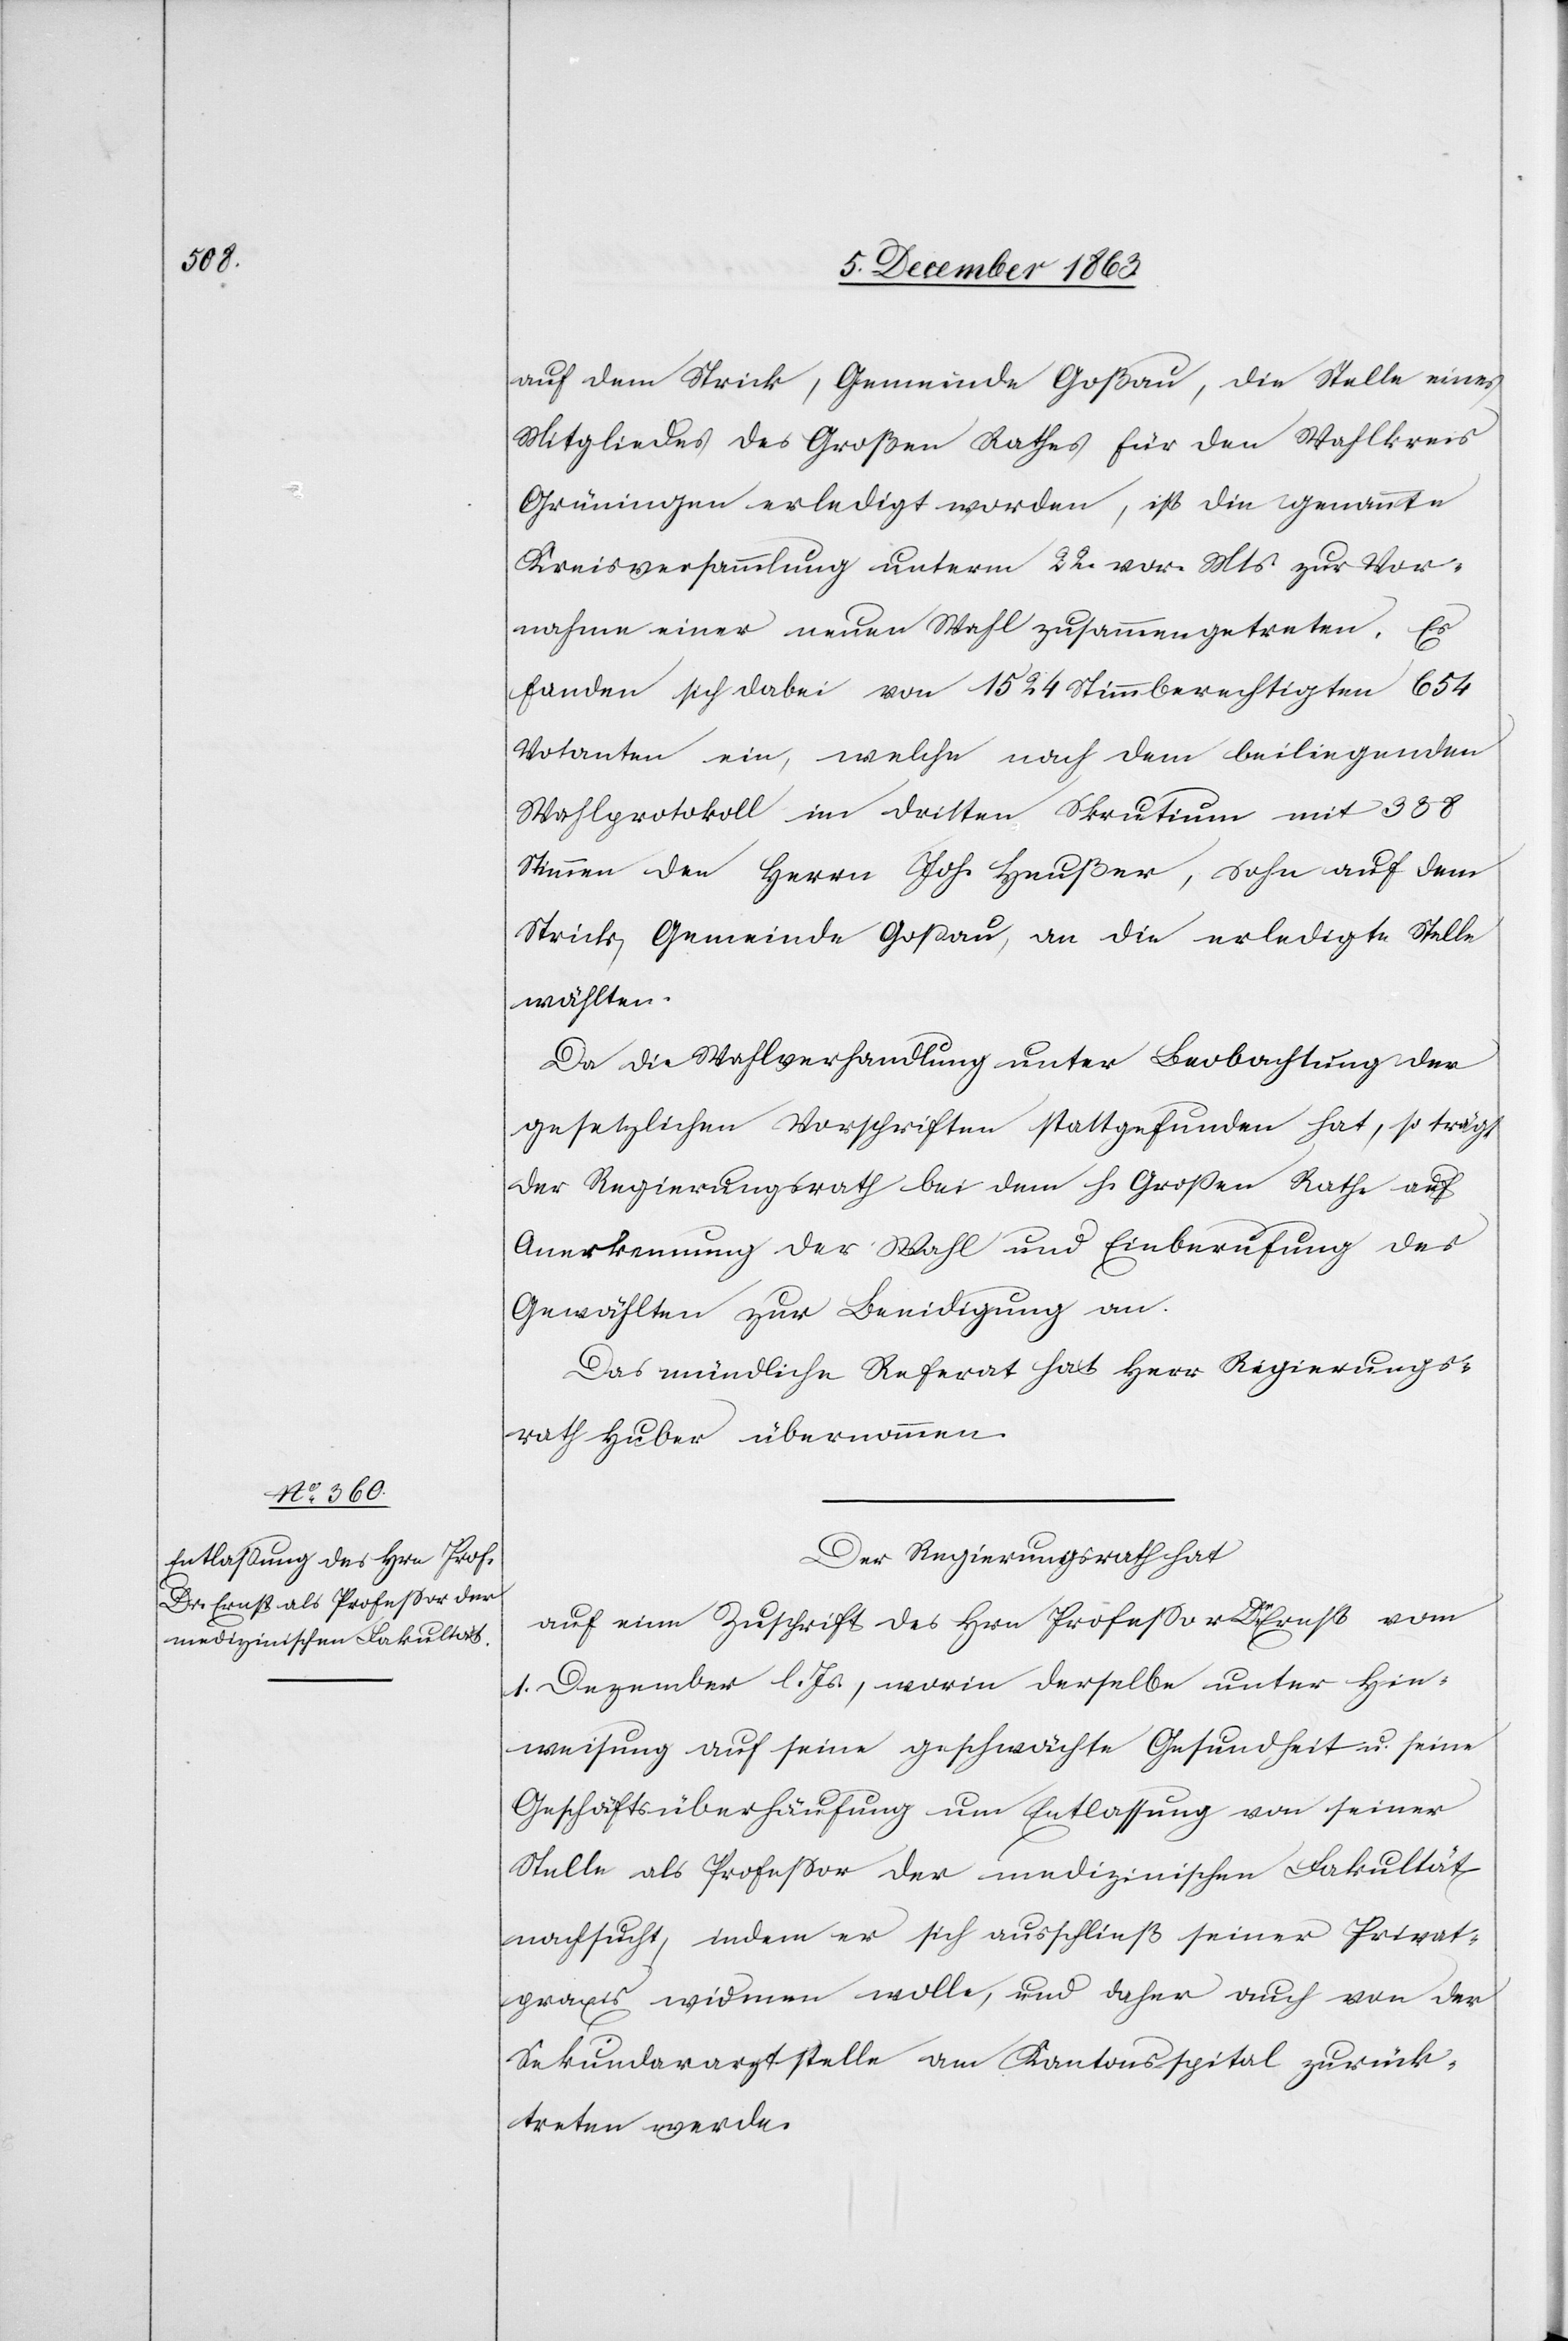
auf dem Strick, Gemeinde Goßau, die Stelle eines
Mitgliedes des Großen Rathes für den Wahlkreis
Grüningen erledigt worden, ist die genannte
Kreisversammlung unterm 22. vor. Mts. zur Vor¬
nahme einer neuen Wahl zusammengetreten. Es
fanden sich dabei von 1524 Stimmberechtigten 654
Votanten ein, welche nach dem beiliegenden
Wahlprotokoll im dritten Skrutium mit 388
Stimmen den Herrn Joh. Heußer, Sohn auf dem
Strick, Gemeinde Gossau, an die erledigte Stelle
wählten.
Da die Wahlverhandlung unter Beobachtung der
gesetzlichen Vorschriften stattgefunden hat, so trägt
der Regierungsrath beim dem h. Grossen Rathe auf
Anerkennung der Wahl und Einberufung des
Gewählten zur Beeidigung an.
Das mündliche Referat hat Herr Regierungs¬
rath Huber übernommen.
Der Regierungsrath hat
auf eine Zuschrift des Hrn Professor Dr Ernst vom
1. Dezember l. Js., worin derselbe unter Hin¬
weisung auf seine geschwächte Gesundheit u. seine
Geschäftsüberhäufung um Entlassung von seiner
Stelle als Professor der medizinischen Fakultät
nachsucht, indem er sich ausschließ [sic!] seiner Privat¬
praxis widmen wolle, und daher auch von der
Sekundararztstelle am Kantonsspital zurück¬
treten werde.